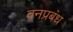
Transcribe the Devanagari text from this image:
वनप्रबंध